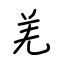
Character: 羌